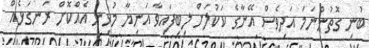
ބުނި ގޮތުންނަމަ އަދިވެސް އޭނާގެ ކަކުލަށް ލިބިފައިވާ އަނިޔާ މުޅިން އެއްކޮށް ރަނގަޅެއް